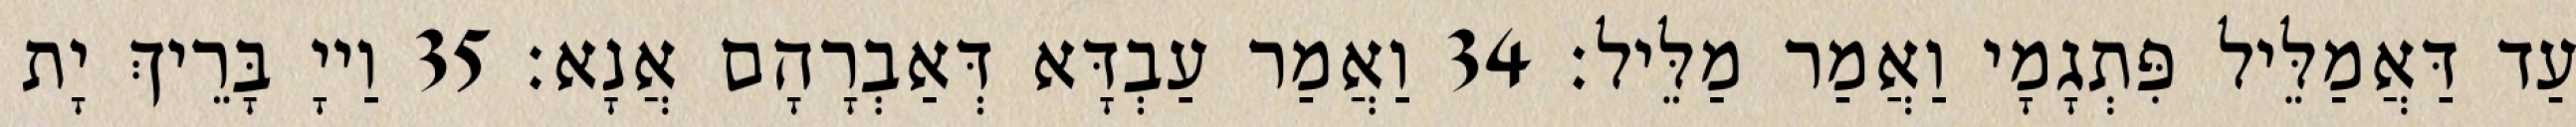
עַד דַּאֲמַלֵּיל פִּתְגָמָי וַאֲמַר מַלֵּיל׃ 34 וַאֲמַר עַבְדָּא דְּאַבְרָהָם אֲנָא׃ 35 וַייָ בָּרֵיךְ יָת